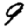
Digit: 9